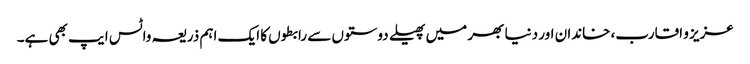
عزیز و اقارب، خاندان اور دنیا بھر میں پھیلے دوستوں سے رابطوں کا ایک اہم ذریعہ واٹس ایپ بھی ہے۔